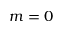
m = 0